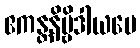
ဧကန္တနိဗ္ဗိဒါယပေ